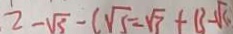
2 - \sqrt { 3 } - ( \sqrt { 5 } - \sqrt { 3 } + 1 3 - \sqrt { 5 }